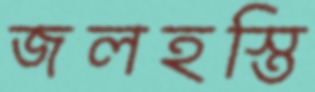
জলহস্তি